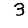
Digit: 3